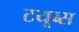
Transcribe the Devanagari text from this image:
टयूब्स